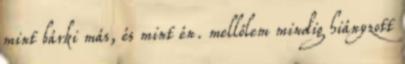
mint bárki más, és mint én. mellőlem mindig hiányzott